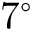
7 ^ { \circ }